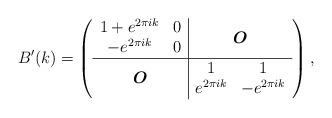
LaTeX: \begin{align*}B^{\prime}(k)=\left(\begin{array}{c|c}\begin{matrix}1+e^{2\pi ik} & 0 \\-e^{2\pi ik} & 0\end{matrix} & \boldsymbol{O} \\\hline\boldsymbol{O} & \begin{matrix}1 & 1 \\e^{2\pi ik} & -e^{2\pi ik}\end{matrix}\end{array}\right),\end{align*}